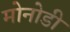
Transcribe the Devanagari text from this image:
मोनोडी